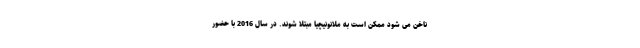
ناخن می شود ممکن است به ملانونیچیا مبتلا شوند. در سال 2016 با حضور